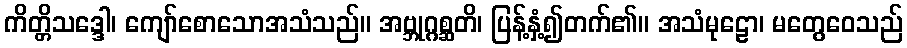
ကိတ္တိသဒ္ဒေါ၊ ကျော်စောသောအသံသည်။ အဗ္ဘုဂ္ဂစ္ဆတိ၊ ပြန့်နှံ့၍တက်၏။ အသံမုဠော၊ မတွေဝေသည်